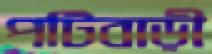
পটিবাড়ী